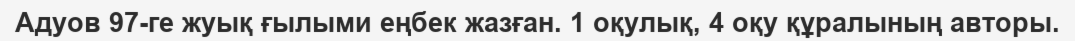
Адуов 97-ге жуық ғылыми еңбек жазған. 1 оқулық, 4 оқу құралының авторы.